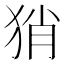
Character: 𤞚